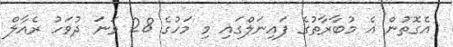
އެގޮތުން އެ މުބާރާތުގެ ފައިނަލްގައި މި މަހުގެ 28 ވަނަ ދުވަހު ރެއާލް